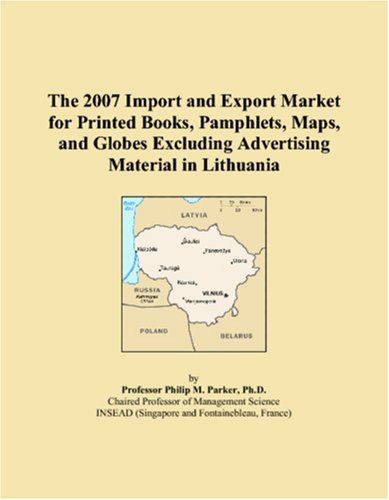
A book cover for The 2007 Import and Export Market for Printed Books, Pamphlets, Maps, and Globes Excluding Advertising Material in Lithuania; Philip M. Parker; Travel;